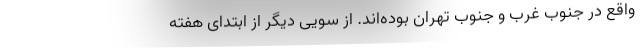
واقع در جنوب غرب و جنوب تهران بوده‌اند. از سویی دیگر از ابتدای هفته